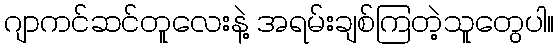
ဂျာကင်ဆင်တူလေးနဲ့ အရမ်းချစ်ကြတဲ့သူတွေပါ။